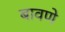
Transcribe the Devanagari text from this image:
बावणे